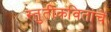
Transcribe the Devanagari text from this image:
स्तुतीकवितांचे